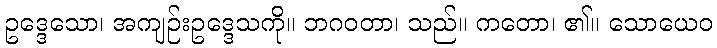
ဥဒ္ဒေသော၊ အကျဉ်းဥဒ္ဒေသကို။ ဘဂဝတာ၊ သည်။ ကတော၊ ၏။ သောယေဝ